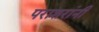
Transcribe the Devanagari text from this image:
पराशरांनी